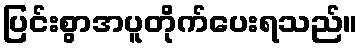
ပြင်းစွာအပူတိုက်ပေးရသည်။